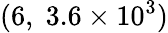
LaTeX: (6,\; 3.6\times 10^{3})